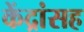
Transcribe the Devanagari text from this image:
केंद्रांसह